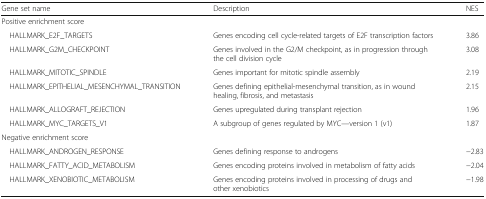
<table><thead><tr><td><b>Gene set name</b></td><td><b>Description</b></td><td><b>NES</b></td></tr></thead><tbody><tr><td colspan="3">Positive enrichment score</td></tr><tr><td> HALLMARK_E2F_TARGETS</td><td>Genes encoding cell cycle-related targets of E2F transcription factors</td><td>3.86</td></tr><tr><td> HALLMARK_G2M_CHECKPOINT</td><td>Genes involved in the G2/M checkpoint, as in progression through the cell division cycle</td><td>3.08</td></tr><tr><td> HALLMARK_MITOTIC_SPINDLE</td><td>Genes important for mitotic spindle assembly</td><td>2.19</td></tr><tr><td> HALLMARK_EPITHELIAL_MESENCHYMAL_TRANSITION</td><td>Genes defining epithelial-mesenchymal transition, as in wound healing, fibrosis, and metastasis</td><td>2.15</td></tr><tr><td> HALLMARK_ALLOGRAFT_REJECTION</td><td>Genes upregulated during transplant rejection</td><td>1.96</td></tr><tr><td> HALLMARK_MYC_TARGETS_V1</td><td>A subgroup of genes regulated by MYC—version 1 (v1)</td><td>1.87</td></tr><tr><td colspan="3">Negative enrichment score</td></tr><tr><td> HALLMARK_ANDROGEN_RESPONSE</td><td>Genes defining response to androgens</td><td>−2.83</td></tr><tr><td> HALLMARK_FATTY_ACID_METABOLISM</td><td>Genes encoding proteins involved in metabolism of fatty acids</td><td>−2.04</td></tr><tr><td> HALLMARK_XENOBIOTIC_METABOLISM</td><td>Genes encoding proteins involved in processing of drugs and other xenobiotics</td><td>−1.98</td></tr></tbody></table>